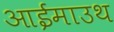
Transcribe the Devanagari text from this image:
आईमाउथ